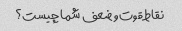
نقاط قوت و ضعف شما چیست؟